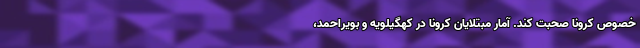
خصوص کرونا صحبت کند. آمار مبتلایان کرونا در کهگیلویه و بویراحمد،